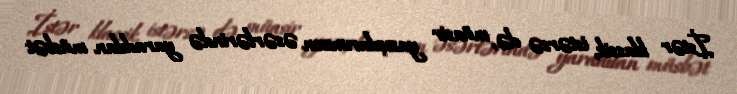
İstər klassik, istərsə də, müasir yazıçılarımızın əsərlərində yaradılan müsbət